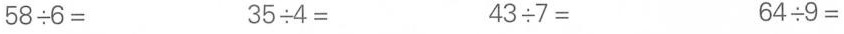
$$5 8 \div 6 =$$ $$3 5 \div 4=$$ $$4 3 \div 7=$$ $$6 4 \div 9=$$